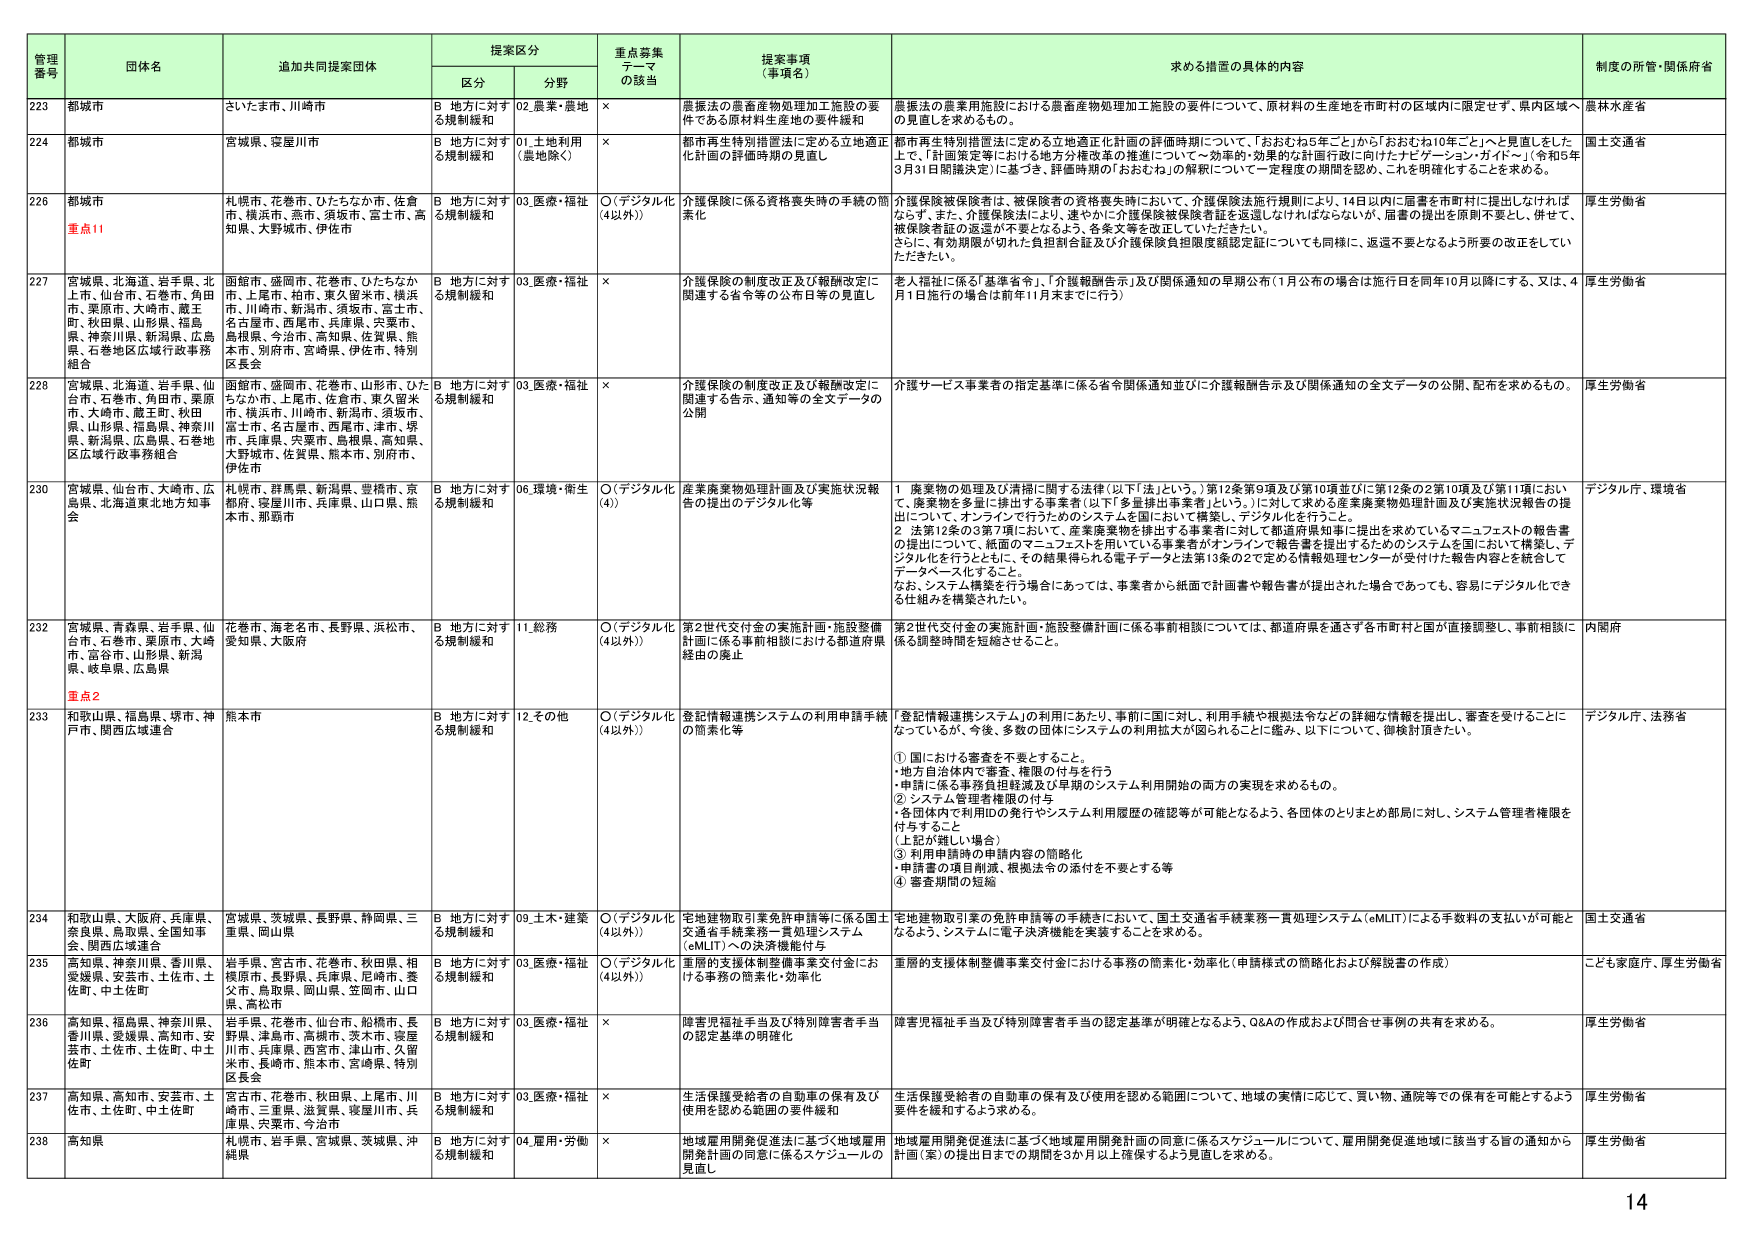
管理番号 団体名 追加共同提案団体 提案区分 重点募集テーマの該当 提案事項（事項名） 求める措置の具体的内容 制度の所管・関係府省
区分 分野
223 都城市 さいたま市、川崎市 B 地方に対する規制緩和 02.農業・農地 × 農振法の農畜産物処理加工施設の要件である原材料生産地の要件緩和 農振法の農業用施設における農畜産物処理加工施設の要件について、原材料の生産地を市町村の区域内に限定せず、県内区域への見直しを求めるもの。 農林水産省
224 都城市 宮城県、寝屋川市 B 地方に対する規制緩和 01.土地利用（農地除く） × 都市再生特別措置法に定める立地適正化計画の評価時期の見直し 都市再生特別措置法に定める立地適正化計画の評価時期について、「おおむね5年ごと」から「おおむね10年ごと」へと見直しをした上で、「計画策定等における地方分権改革の推進について～効率的・効果的な計画行政に向けたナビゲーション・ガイド～」（令和5年3月31日閣議決定）に基づき、評価時期の「おおむね」の解釈について一定程度の期間を認め、これを明確化することを求める。 国土交通省
226 都城市 札幌市、花巻市、ひたちなか市、佐倉市、横浜市、燕市、須坂市、富士市、高知県、大野城市、伊佐市 重点11 B 地方に対する規制緩和 03.医療・福祉 ○（デジタル化（4以外）） 介護保険に係る資格喪失時の手続の簡素化 介護保険被保険者は、被保険者の資格喪失時ににおいて、介護保険法施行規則により、14日以内に届書を市町村に提出しなければならない。また、介護保険法により、速やかに介護保険被保険者証を返還しなければならないが、届書の提出を原則不要とし、併せて、被保険者証の返還が不要となるよう、各条文等を改正していただきたい。さらに、有効期限が切れた負担割合証及び介護保険負担限度額認定証についても同様に、返還不要となるよう所要の改正をしていただきたい。 厚生労働省
227 宮城県、北海道、岩手県、北上市、仙台市、石巻市、角田市、栗原市、大崎市、蔵王町、秋田市、秋田県、山形県、福島県、神奈川県、新潟県、広島県、石巻地区広域行政事務組合 函館市、盛岡市、花巻市、ひたちなか市、上尾市、柏市、東久留米市、横浜市、川崎市、新潟市、須坂市、富士市、名古屋市、西尾市、兵庫県、兵庫市、島根県、今治市、高知県、佐賀県、熊本市、別府市、宮崎県、伊佐市、特別区長会 B 地方に対する規制緩和 03.医療・福祉 × 介護保険の制度改正及び報酬改定に関する省令等の公布日等の見直し 老人福祉に係る「基準省令」、「介護報酬告示」及び関係通知の早期公布（1月公布の場合は施行日を同年10月以降にする、又は、4月1日施行の場合は前年11月末までに行う） 厚生労働省
228 宮城県、北海道、岩手県、仙台市、石巻市、角田市、栗原市、大崎市、蔵王町、秋田市、山形県、福島県、神奈川県、新潟県、広島県、石巻地区広域行政事務組合 函館市、盛岡市、花巻市、山形市、ひたちなか市、上尾市、佐倉市、東久留米市、横浜市、川崎市、新潟市、須坂市、富士市、名古屋市、西尾市、津市、堺市、兵庫県、宍粟市、島根県、高知県、大野城市、佐賀県、熊本市、別府市、伊佐市 B 地方に対する規制緩和 03.医療・福祉 × 介護保険の制度改正及び報酬改定に関連する告示、通知等の全文データの公開 介護サービス事業者の指定基準に係る省令関係通知並びに介護報酬告示及び関係通知の全文データの公開、配布を求めるもの。 厚生労働省
230 宮城県、仙台市、大崎市、広島県、北海道東北地方知事会 札幌市、群馬県、新潟県、登録市、京都府、寝屋川市、兵庫県、山口県、熊本市、那覇市 B 地方に対する規制緩和 06.環境・衛生（4） 産業廃棄物処理計画及び実施状況報告の提出のデジタル化等 1. 廃棄物の処理及び清掃に関する法律（以下「法」という。）第12条第9項及び第10項並びに第12条の2第10項及び第11項において、廃棄物を多量に排出する事業者（以下「多量排出事業者」という。）に対して求める産業廃棄物処理計画及び実施状況報告の提出について、オンラインで行うためのシステムを国において構築し、デジタル化を行うこと。
2. 法第12条の3第7項において、産業廃棄物を排出する事業者に対して都道府県知事に提出を求めているマニュフェストの報告書の提出について、紙面のマニュフェストを用いている事業者がオンラインで報告書を提出するためのシステムを国において構築し、デジタル化を行うとともに、その結果得られる電子データと法第13条の2で定める情報処理センターが受けた報告内容を統合してデータベース化すること。
なお、システム構築を行う場合にあっては、事業者から紙面で計画書や報告書が提出された場合であっても、容易にデジタル化できる仕組みを構築されたい。 デジタル庁、環境省
232 宮城県、青森県、岩手県、仙台市、石巻市、栗原市、大崎市、富谷市、山形県、新潟県、岐阜県、広島県 重点2 花巻市、海老名市、長野県、浜松市、愛知県、大阪府 B 地方に対する規制緩和 11.総務 ○（デジタル化（4以外）） 第2世代交付金の実施計画・施設整備計画に係る事前相談における都道府県経由の廃止 第2世代交付金の実施計画・施設整備計画に係る事前相談については、都道府県を過ぎる市町村と国が直接調整し、事前相談に係る調整時間を短縮させること。 内閣府
233 和歌山県、福島県、堺市、神戸市、関西広域連合 熊本市 B 地方に対する規制緩和 12.その他 ○（デジタル化（4以外）） 登記情報連携システムの利用申請手続の簡素化等 「登記情報連携システム」の利用にあたり、事前に国に対し、利用手続や根拠法令などの詳細な情報を提出し、審査を受けることになっているが、今後、多数の団体にシステムの利用拡大が図られることに鑑み、以下について、御検討頂きたい。
① 国における審査を不要とすること。
・地方自治体内で審査、権限の付与を行う
・申請に係る事務負担軽減及び早期のシステム利用開始の両方の実現を求めるもの。
② システム管理者権限の付与
・各団体内で利用の発行やシステム利用履歴の確認等が可能となるよう、各団体のとりまとめ部局に対し、システム管理者権限を付与すること
（上記が難しい場合）
③ 利用申請時の申請内容の簡略化
・申請書の項目削減、根拠法令の添付を不要とする等
④ 審査期間の短縮 デジタル庁、法務省
234 和歌山県、大阪府、兵庫県、奈良県、鳥取県、全国知事会、関西広域連合 宮城県、茨城県、長野県、静岡県、三重県、岡山県 B 地方に対する規制緩和 09.土木・建築 ○（デジタル化（4以外）） 宅地建物取引業免許申請等に係る国土交通省手続業務一貫処理システム（eMLIT）への決済機能付与 宅地建物取引業の免許申請等の手続きにおいて、国土交通省手続業務一貫処理システム（eMLIT）による手数料の支払いが可能となるよう、システムに電子決済機能を実装することを求める。 国土交通省
235 高知県、神奈川県、香川県、愛媛県、安芸市、土佐市、土佐町、中土佐町 岩手県、宮古市、花巻市、秋田県、相模原市、長野県、兵庫県、尼崎市、桑父市、鳥取県、岡山県、笠岡市、山口県、高松市 B 地方に対する規制緩和 03.医療・福祉 ○（デジタル化（4以外）） 重層的支援体制整備事業交付金における事務の簡素化・効率化 重層的支援体制整備事業交付金における事務の簡素化・効率化（申請様式の簡略化および解説書の作成） こども家庭庁、厚生労働省
236 高知県、福島県、神奈川県、香川県、愛媛県、高知市、安芸市、土佐市、土佐町、中土佐町 岩手県、花巻市、仙台市、船橋市、長野県、津島市、高槻市、茨木市、寝屋川市、兵庫県、西宮市、津山市、久留米市、長崎市、熊本市、宮崎県、特別区長会 B 地方に対する規制緩和 03.医療・福祉 × 障害児福祉手当及び特別障害者手当の認定基準の明確化 障害児福祉手当及び特別障害者手当の認定基準が明確となるよう、Q&Aの作成および問合せ事例の共有を求める。 厚生労働省
237 高知県、高知市、安芸市、土佐市、土佐町、中土佐町 宮古市、花巻市、秋田県、上尾市、川崎市、三重県、滋賀県、寝屋川市、兵庫県、宍粟市、今治市 B 地方に対する規制緩和 03.医療・福祉 × 生活保護受給者の自動車の保有及び使用を認める範囲の要件緩和 生活保護受給者の自動車の保有及び使用を認める範囲について、地域の実情に応じて、買い物、通院等での保有を可能とするよう要件を緩和するよう求める。 厚生労働省
238 高知県 札幌市、岩手県、宮城県、茨城県、沖縄県 B 地方に対する規制緩和 04.雇用・労働 × 地域雇用開発促進法に基づく地域雇用開発計画の同意に係るスケジュールの見直し 地域雇用開発促進法に基づく地域雇用開発計画の同意に係るスケジュールについて、雇用開発促進地域に該当する旨の通知から計画（案）の提出日までの期間を3か月以上確保するよう見直しを求める。 厚生労働省
14